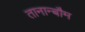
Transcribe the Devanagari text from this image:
तानान्बौम